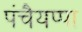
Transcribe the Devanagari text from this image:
पंचैयप्पा